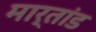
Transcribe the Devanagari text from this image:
मार्तांड